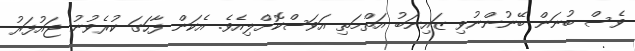
ވެސް ބުނަން ބޭނުންނުވި ޒައިނަބު އަތްމަތި އަވަސްކޮށްލިއެވެ. އެކަން ފާހަގަ ކުރެވުނު ޖައުފަރު